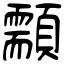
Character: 顬